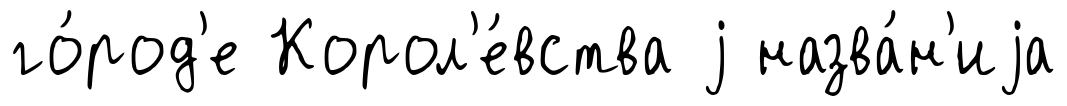
го́род'е Корол'е́вства j назва́н'иjа